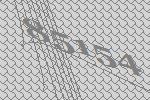
85154